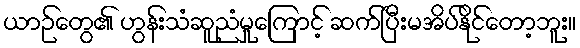
ယာဉ်တွေ၏ ဟွန်းသံဆူညံမှုကြောင့် ဆက်ပြီးမအိပ်နိုင်တော့ဘူး။